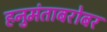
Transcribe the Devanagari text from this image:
हनुमंताबरोबर